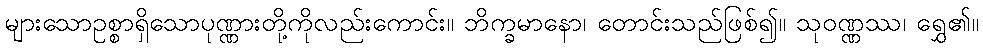
များသောဥစ္စာရှိသောပုဏ္ဏားတို့ကိုလည်းကောင်း။ ဘိက္ခမာနော၊ တောင်းသည်ဖြစ်၍။ သုဝဏ္ဏဿ၊ ရွှေ၏။